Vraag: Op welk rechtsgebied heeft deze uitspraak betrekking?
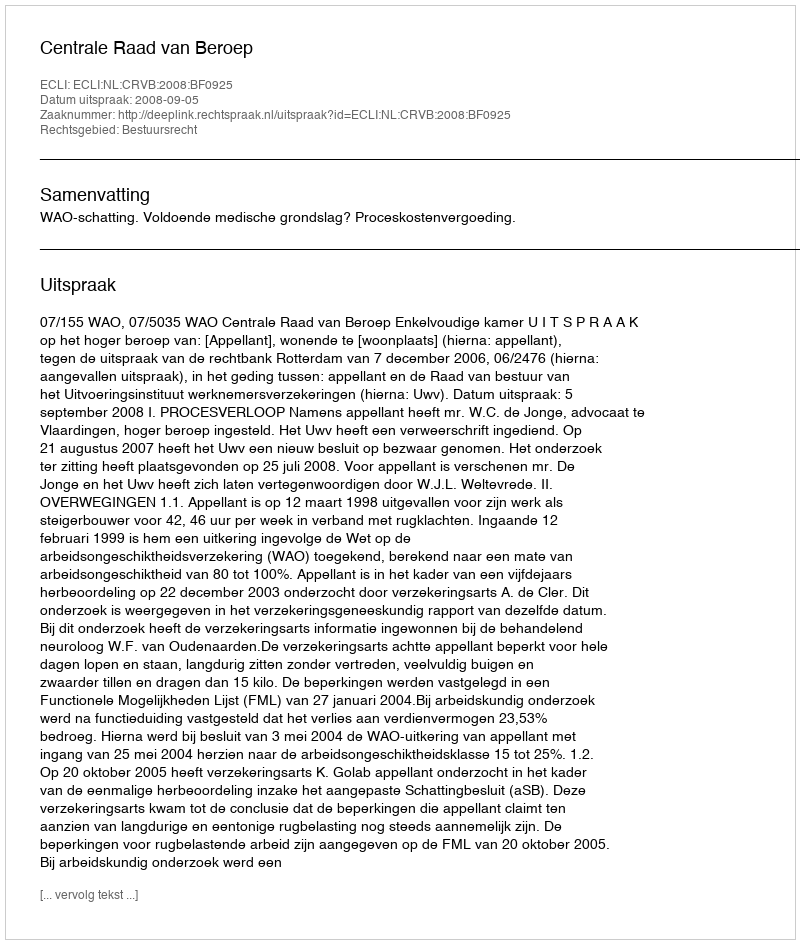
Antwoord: Bestuursrecht